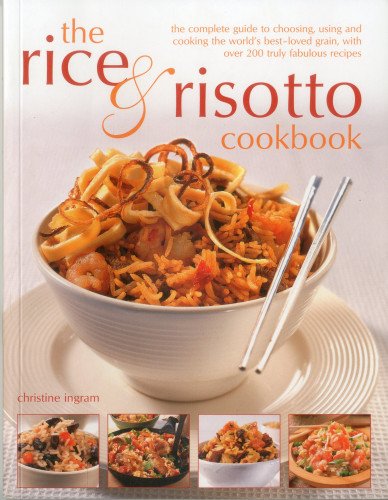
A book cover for The Rice & Risotto Cookbook: The complete guide to choosing, using and cooking the world's best-loved grain, with over 200 truly fabulous recipes; Christine Ingram; Cookbooks, Food & Wine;